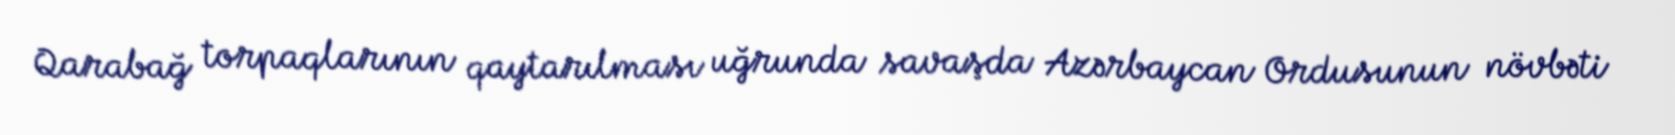
Qarabağ torpaqlarının qaytarılması uğrunda savaşda Azərbaycan Ordusunun növbəti